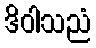
ဒိဝါသညံ